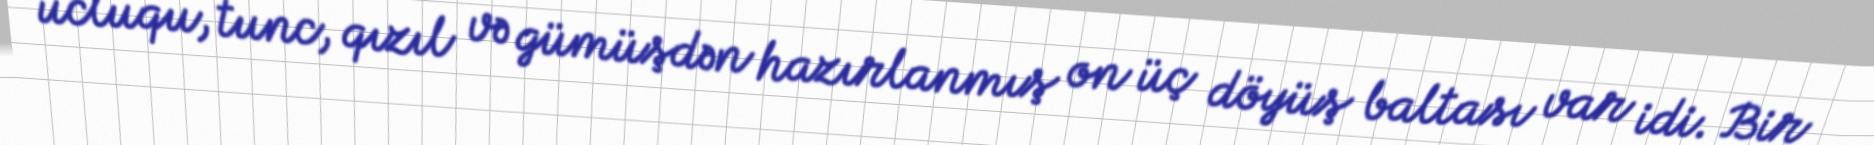
ucluqu, tunc, qızıl və gümüşdən hazırlanmış on üç döyüş baltası var idi. Bir